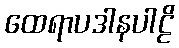
ထေရာပဒါနပါဠိ